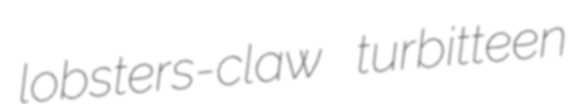
lobsters-claw turbitteen